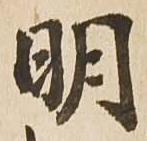
明